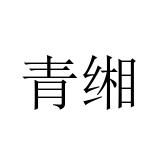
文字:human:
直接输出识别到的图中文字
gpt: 青缃